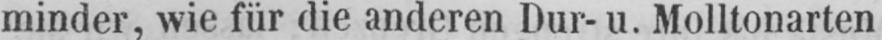
minder, wie für die anderen Dur- u. Molltonarten